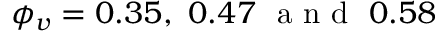
\phi _ { v } = 0 . 3 5 , \ 0 . 4 7 \ \mathrm { ~ a ~ n ~ d ~ } \ 0 . 5 8